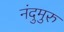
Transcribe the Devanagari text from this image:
नंदुमुरु